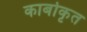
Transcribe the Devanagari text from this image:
कार्बोकृत